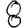
Digit: 8